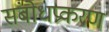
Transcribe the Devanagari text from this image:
संबोधप्रकरण